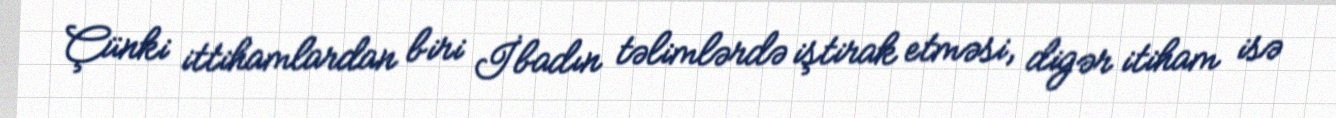
Çünki ittihamlardan biri İbadın təlimlərdə iştirak etməsi, digər itiham isə